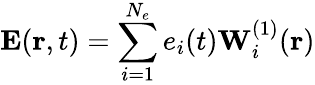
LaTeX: \mathbf{E}(\mathbf{r},t)=\sum_{i=1}^{N_{e}}e_{i}(t)\mathbf{W}_{i}^{(1)}(\mathbf{r})